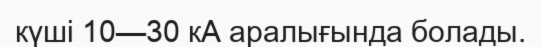
күші 10—30 кА аралығында болады.